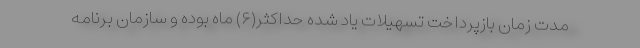
مدت زمان بازپرداخت تسهیلات یاد شده حداکثر(۶) ماه بوده و سازمان برنامه